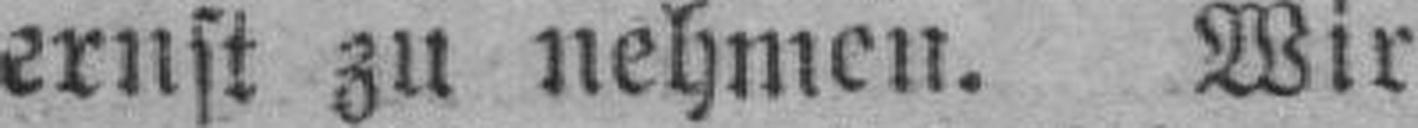
ernst zu nehmen. Wir